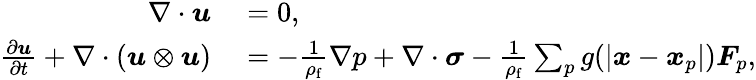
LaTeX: \begin{array}{rl}{\nabla\cdot\boldsymbol{u}}&{{}=0,}\\ {\frac{\partial\boldsymbol{u}}{\partial t}+\nabla\cdot(\boldsymbol{u}\otimes\boldsymbol{u})}&{{}=-\frac{1}{\rho_{\mathrm{f}}}\nabla p+\nabla\cdot\boldsymbol{\sigma}-\frac{1}{\rho_{\mathrm{f}}}\sum_{p}g(|\boldsymbol{x}-\boldsymbol{x}_{p}|)\boldsymbol{F}_{p},}\end{array}